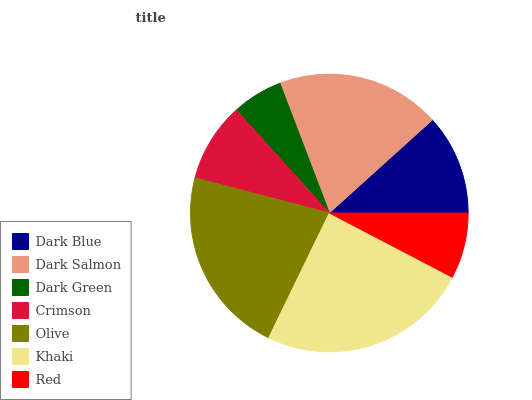
| Dark Blue | Dark Salmon | Dark Green | Crimson | Olive | Khaki | Red |
 | --- | --- | --- | --- | --- | --- | --- |
 | 11.7% | 19.1% | 5.89% | 9.27% | 21.8% | 24.5% | 7.66% |